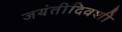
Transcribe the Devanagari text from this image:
जयंतीदिवशी